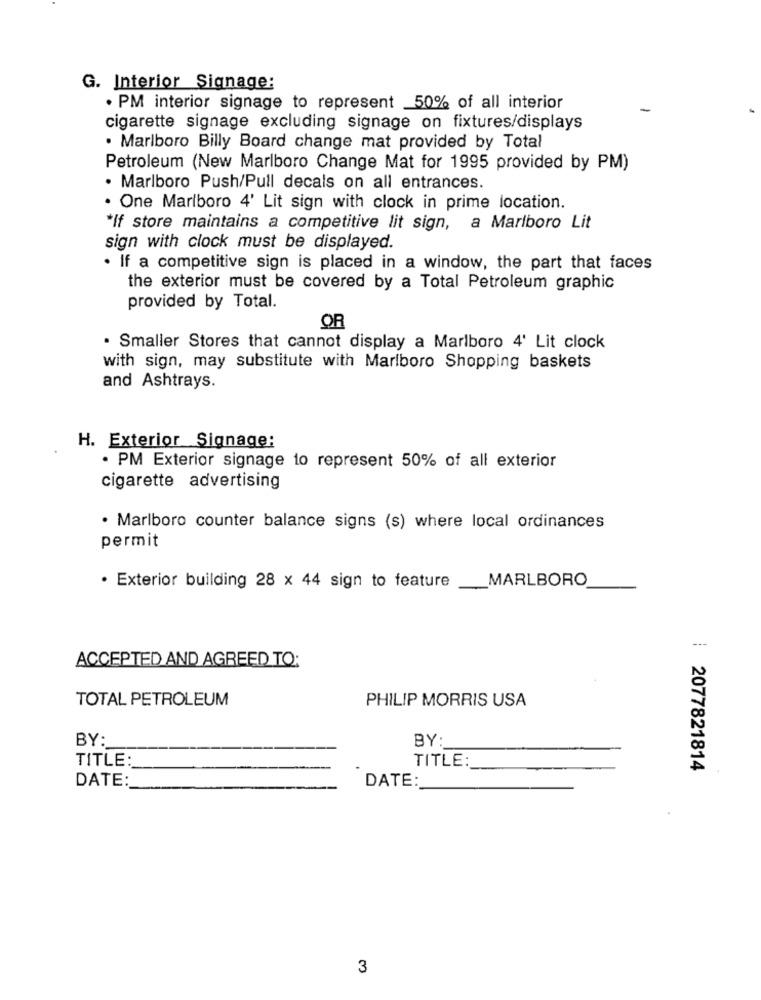
G. Interior Signage:
· PM interior signage to represent _50% of all interior
cigarette signage excluding signage on fixtures/displays
· Marlboro Billy Board change mat provided by Total
Petroleum (New Marlboro Change Mat for 1995 provided by PM)
· Marlboro Push/Pull decals on all entrances.
. One Marlboro 4' Lit sign with clock in prime location.
*If store maintains a competitive lit sign, a Marlboro Lit
sign with clock must be displayed.
. If a competitive sign is placed in a window, the part that faces
the exterior must be covered by a Total Petroleum graphic
provided by Total.
OR
. Smaller Stores that cannot display a Marlboro 4' Lit clock
with sign, may substitute with Marlboro Shopping baskets
and Ashtrays.
H. Exterior Signage:
· PM Exterior signage to represent 50% of all exterior
cigarette advertising
· Marlboro counter balance signs (s) where local ordinances
permit
MARLBORO
· Exterior building 28 x 44 sign to feature
ACCEPTED AND AGREED TO:
TOTAL PETROLEUM
PHILIP MORRIS USA
BY:
BY:
TITLE:
TITLE:
: 2077821814
DATE:
DATE:
3